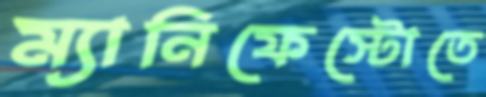
ম্যানিফেস্টোতে